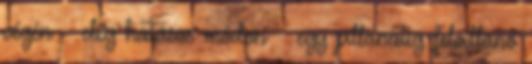
végén – elég hatásos módon – egy pillanatig felvillanó